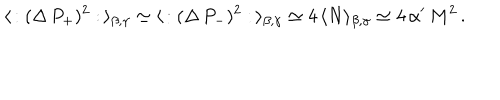
\langle \, : ( \Delta \, P _ { + } ) ^ { 2 } : \, \rangle _ { \beta , \gamma } \simeq \langle \, : ( \Delta \, P _ { - } ) ^ { 2 } : \, \rangle _ { \beta , \gamma } \simeq 4 \, \langle N \rangle _ { \beta , \gamma } \simeq 4 \, \alpha ^ { \prime } \, M ^ { 2 } \, .